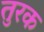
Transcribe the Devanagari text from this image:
तुरक